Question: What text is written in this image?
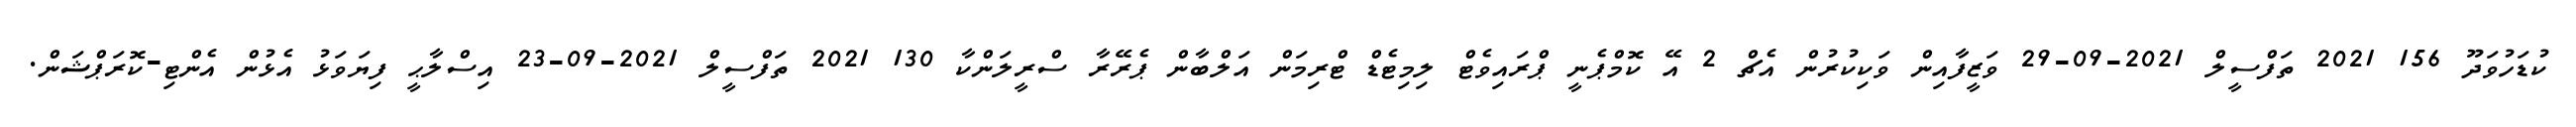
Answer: ކުޑަހުވަދޫ 156 2021 ތަފްސީލް 2021-09-29 ވަޒީފާއިން ވަކިކުރުން އެޗް 2 އޭ ކޮމްޕެނީ ޕްރައިވެޓް ލިމިޓެޑް ޓްރިމަން އަލްބާން ޕެރޭރާ ސްރީލަންކާ 130 2021 ތަފްސީލް 2021-09-23 އިސްލާޙީ ފިޔަވަޅު އެޅުން އެންޓި-ކޮރަޕްޝަން.